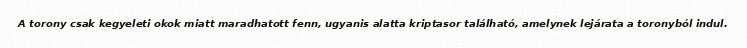
A torony csak kegyeleti okok miatt maradhatott fenn, ugyanis alatta kriptasor található, amelynek lejárata a toronyból indul.